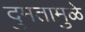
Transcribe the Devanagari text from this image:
दुमतामुळे